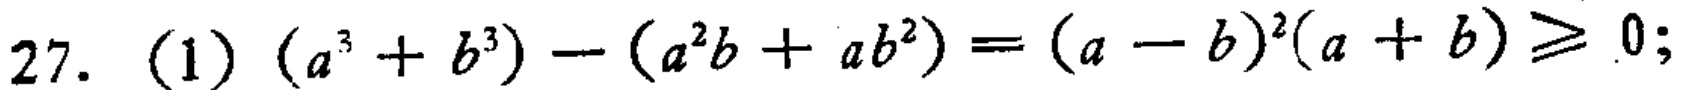
\(27.\ (1)\ (a^{3}+b^{3})-(a^{2}b + ab^{2})=(a - b)^{2}(a + b)\geqslant 0;\)